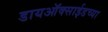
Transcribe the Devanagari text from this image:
डायऑक्साईडच्या